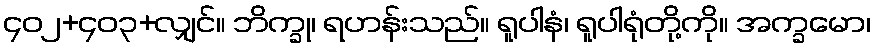
၄၀၂+၄၀၃+လျှင်။ ဘိက္ခု၊ ရဟန်းသည်။ ရူပါနံ၊ ရူပါရုံတို့ကို။ အက္ခမော၊